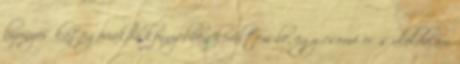
bizonyos kategóriákba könnyebben kerültem be, egy csomó erős aloldalam